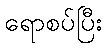
ရောစပ်ပြီး